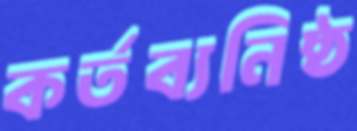
কর্তব্যনিষ্ঠ